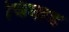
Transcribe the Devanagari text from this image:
चिंघाड